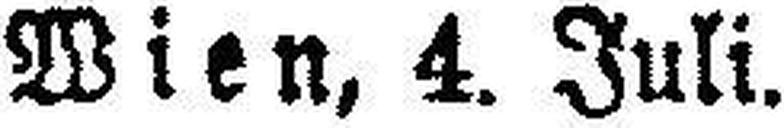
Wien, 4. Juli.